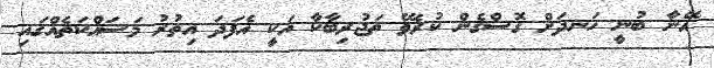
އޭނާ ބުނީ ހަނދަށް ގޮސްގެން ކުރެވޭ ތަޖުރިބާކާ އަކީ އެފަދަ އިތުރު މަސައްކަތެއްގައި